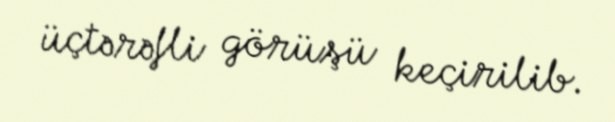
üçtərəfli görüşü keçirilib.